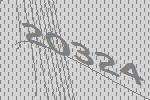
20324